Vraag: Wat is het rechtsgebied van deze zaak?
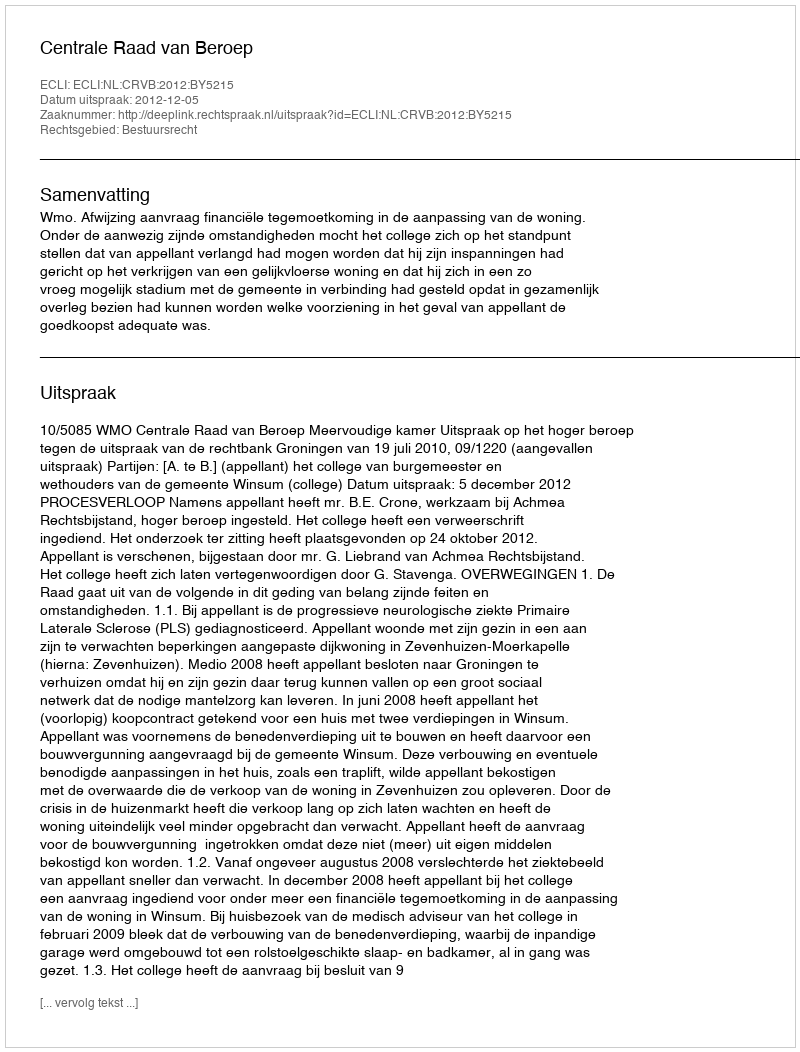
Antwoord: Bestuursrecht